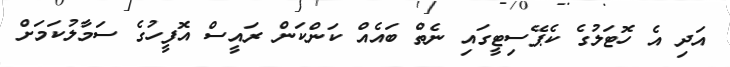
އަދި އެ ހޮޓަލުގެ ކެޕޭސިޓީގައި ނެތް ބައެއް ކަންކަން ރައީސް އޮފީހުގެ ސަމާލުކަމަށް